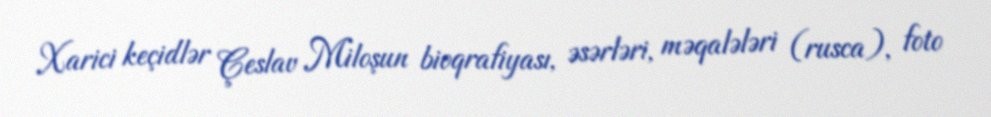
Xarici keçidlər Çeslav Miloşun bioqrafiyası, əsərləri, məqalələri (rusca), foto